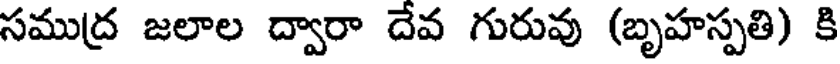
సముద్ర జలాల ద్వారా దేవ గురువు (బృహస్పతి) కి